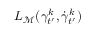
L _ { { \mathcal { M } } } ( \gamma _ { t ^ { \prime } } ^ { k } , \dot { \gamma } _ { t ^ { \prime } } ^ { k } )